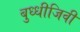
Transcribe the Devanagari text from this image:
बुध्धीजिवी